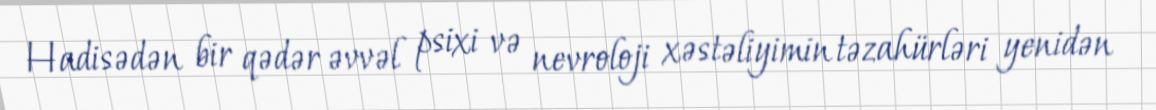
Hadisədən bir qədər əvvəl psixi və nevroloji xəstəliyimin təzahürləri yenidən